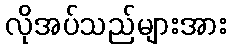
လိုအပ်သည်များအား